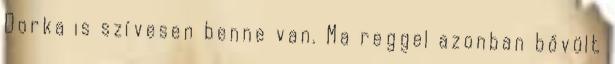
Dorka is szívesen benne van. Ma reggel azonban bővült